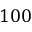
{ 1 0 0 }